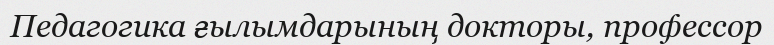
Педагогика ғылымдарының докторы, профессор